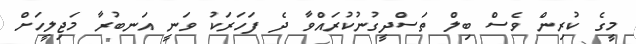
މީގެ ކުރިން ވެސް ބިލް ތަސްދީގުނުކުރައްވާ ދެ ފަހަރަކު ވަނީ އަނބުރާ މަޖިލީހަށް